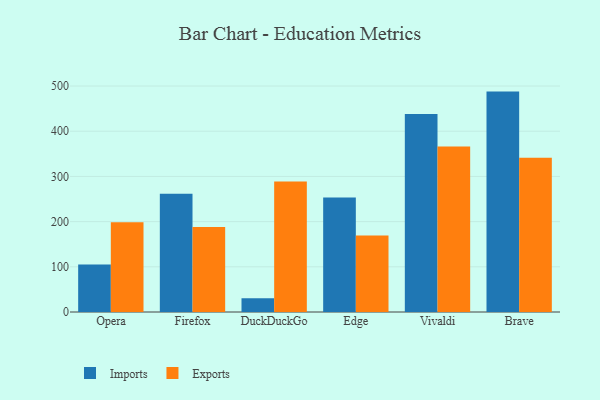
{"axis": {"x": "Browser", "y": "Backlog"}, "legend": ["Exports", "Imports"], "data": [{"x": "Opera", "y": 105.1, "type": "Imports"}, {"x": "Opera", "y": 198.6, "type": "Exports"}, {"x": "Firefox", "y": 261.4, "type": "Imports"}, {"x": "Firefox", "y": 188.0, "type": "Exports"}, {"x": "DuckDuckGo", "y": 30.3, "type": "Imports"}, {"x": "DuckDuckGo", "y": 288.5, "type": "Exports"}, {"x": "Edge", "y": 253.1, "type": "Imports"}, {"x": "Edge", "y": 169.5, "type": "Exports"}, {"x": "Vivaldi", "y": 438.1, "type": "Imports"}, {"x": "Vivaldi", "y": 366.0, "type": "Exports"}, {"x": "Brave", "y": 487.7, "type": "Imports"}, {"x": "Brave", "y": 341.6, "type": "Exports"}]}